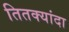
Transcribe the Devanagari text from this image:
तितक्यांदा